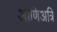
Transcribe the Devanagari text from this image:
आणिअत्रि